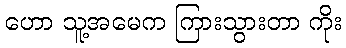
ဟော သူ့အမေက ကြားသွားတာ ကိုး